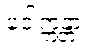
ဝေါက္ကန္တာ